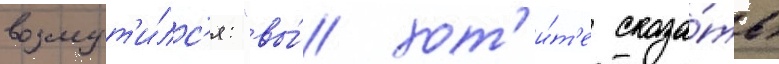
возмут'и́лс'я: "вы́ хот'и́т'е сказа́ть